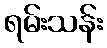
ရမ်းသန်း